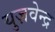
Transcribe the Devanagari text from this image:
युज़वेन्द्र